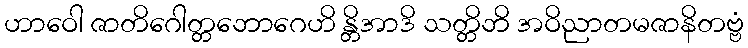
ဟာဝေါ ဇာတိဂေါတ္တဘောဂေဟိ န္တိအာဒိ သတ္တိဘိ အဝိညာတမဇာနိတဗ္ဗံ